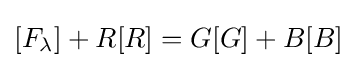
[F_{\lambda }]+R[R]=G[G]+B[B]